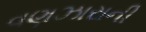
વણઝારાની